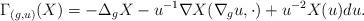
LaTeX: \begin{align*} \Gamma_{(g, u)} (X)= -\Delta_g X - u^{-1} \nabla X(\nabla_g u,\cdot) + u^{-2} X(u) du.\end{align*}